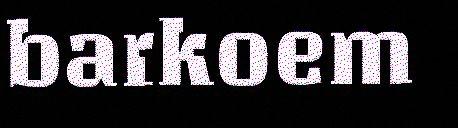
barkoem